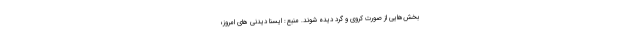
بخش‌هایی از صورت کروی و گرد دیده شوند. منبع: ایسنا دیدنی های امروز؛